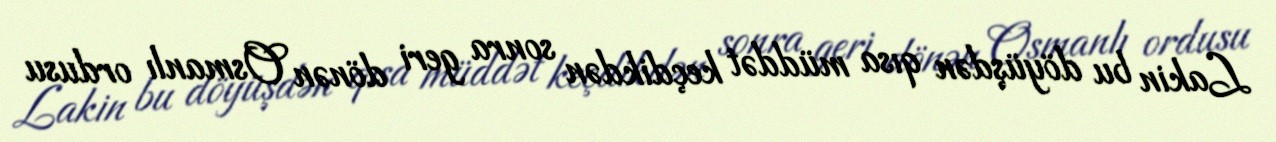
Lakin bu döyüşdən qısa müddət keçdikdən sonra geri dönən Osmanlı ordusu